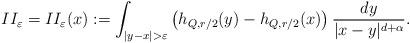
LaTeX: \begin{align*}II_{\varepsilon}=II_{\varepsilon} (x) :=\int_{ |y-x|>\varepsilon} \left(h_{Q,r/2}(y)-h_{Q,r/2}(x)\right)\frac{dy}{|x-y|^{d+\alpha}}.\end{align*}